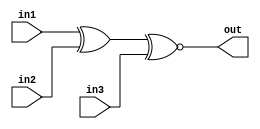
module top_module (

    input in1,

    input in2,

    input in3,

    output out
);

// in1  in2
//  in3

assign temp = in1 ^ in2;
assign out = temp ~^ in3;

endmodule